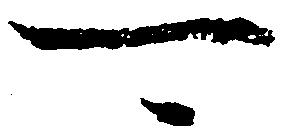
可